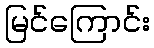
မြင်ကြောင်း